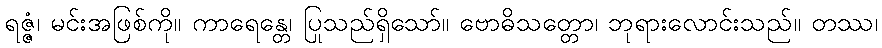
ရဇ္ဇံ၊ မင်းအဖြစ်ကို။ ကာရေန္တေ၊ ပြုသည်ရှိသော်။ ဗောဓိသတ္တော၊ ဘုရားလောင်းသည်။ တဿ၊